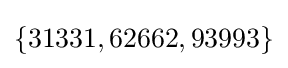
\{31331,62662,93993\}